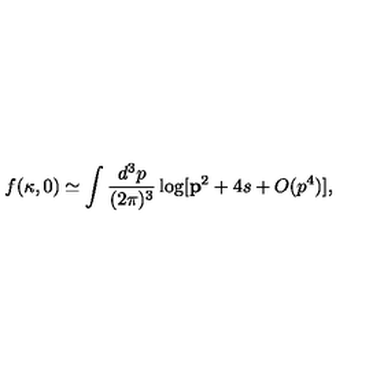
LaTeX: f ( \kappa , 0 ) \simeq \int \frac { d ^ { 3 } p } { ( 2 \pi ) ^ { 3 } } \log [ { \bf p } ^ { 2 } + 4 s + O ( p ^ { 4 } ) ] ,